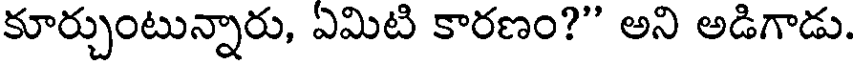
కూర్చుంటున్నారు, ఏమిటి కారణం?" అని అడిగాడు.